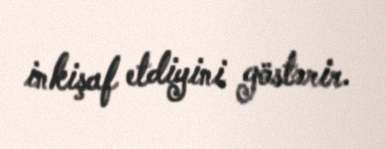
inkişaf etdiyini göstərir.